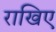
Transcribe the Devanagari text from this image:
राखिए